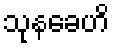
သုနခေဟိ